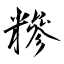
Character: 糝